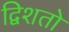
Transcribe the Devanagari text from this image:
द्विशतो